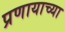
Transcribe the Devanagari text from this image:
प्रणायाच्या